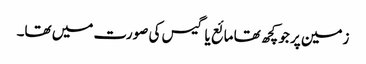
زمین پر جو کچھ تھا مائع یا گیس کی صورت میں تھا۔